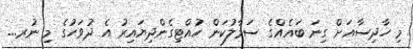
މި ހާދިސާއަށް ގިނަ ބައެއްގެ ސަމާލުކަން ހުއްޓިގެންދިޔައިރު އެ ދުވަހުގެ މި ނުރ...